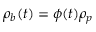
\rho _ { b } ( t ) = \phi ( t ) \rho _ { p }